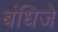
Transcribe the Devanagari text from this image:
बंधिजे